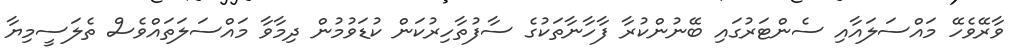
ވާރޭވެހޭ މައްސަލައާއި ސެންޓަރުގައި ބޭނުންކުރާ ފާހާނާތަކުގެ ސާފުތާހިރުކަން ކުޑަވުމުން ދިމާވާ މައްސަލަތައްވެސް ތެލަސީމިޔާ